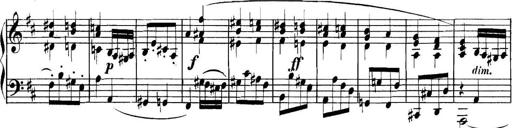
Title: Collected Piano Sonatas
Composer: Muzio Clementi